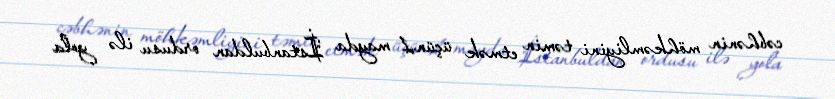
cəbhənin möhkəmliyini təmin etmək üçün,1 mayda İstanbuldan ordusu ilə yola